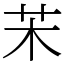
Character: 㭉